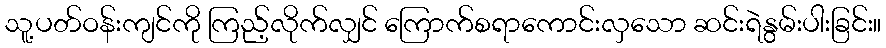
သူ့ပတ်ဝန်းကျင်ကို ကြည့်လိုက်လျှင် ကြောက်စရာကောင်းလှသော ဆင်းရဲနွမ်းပါးခြင်း။